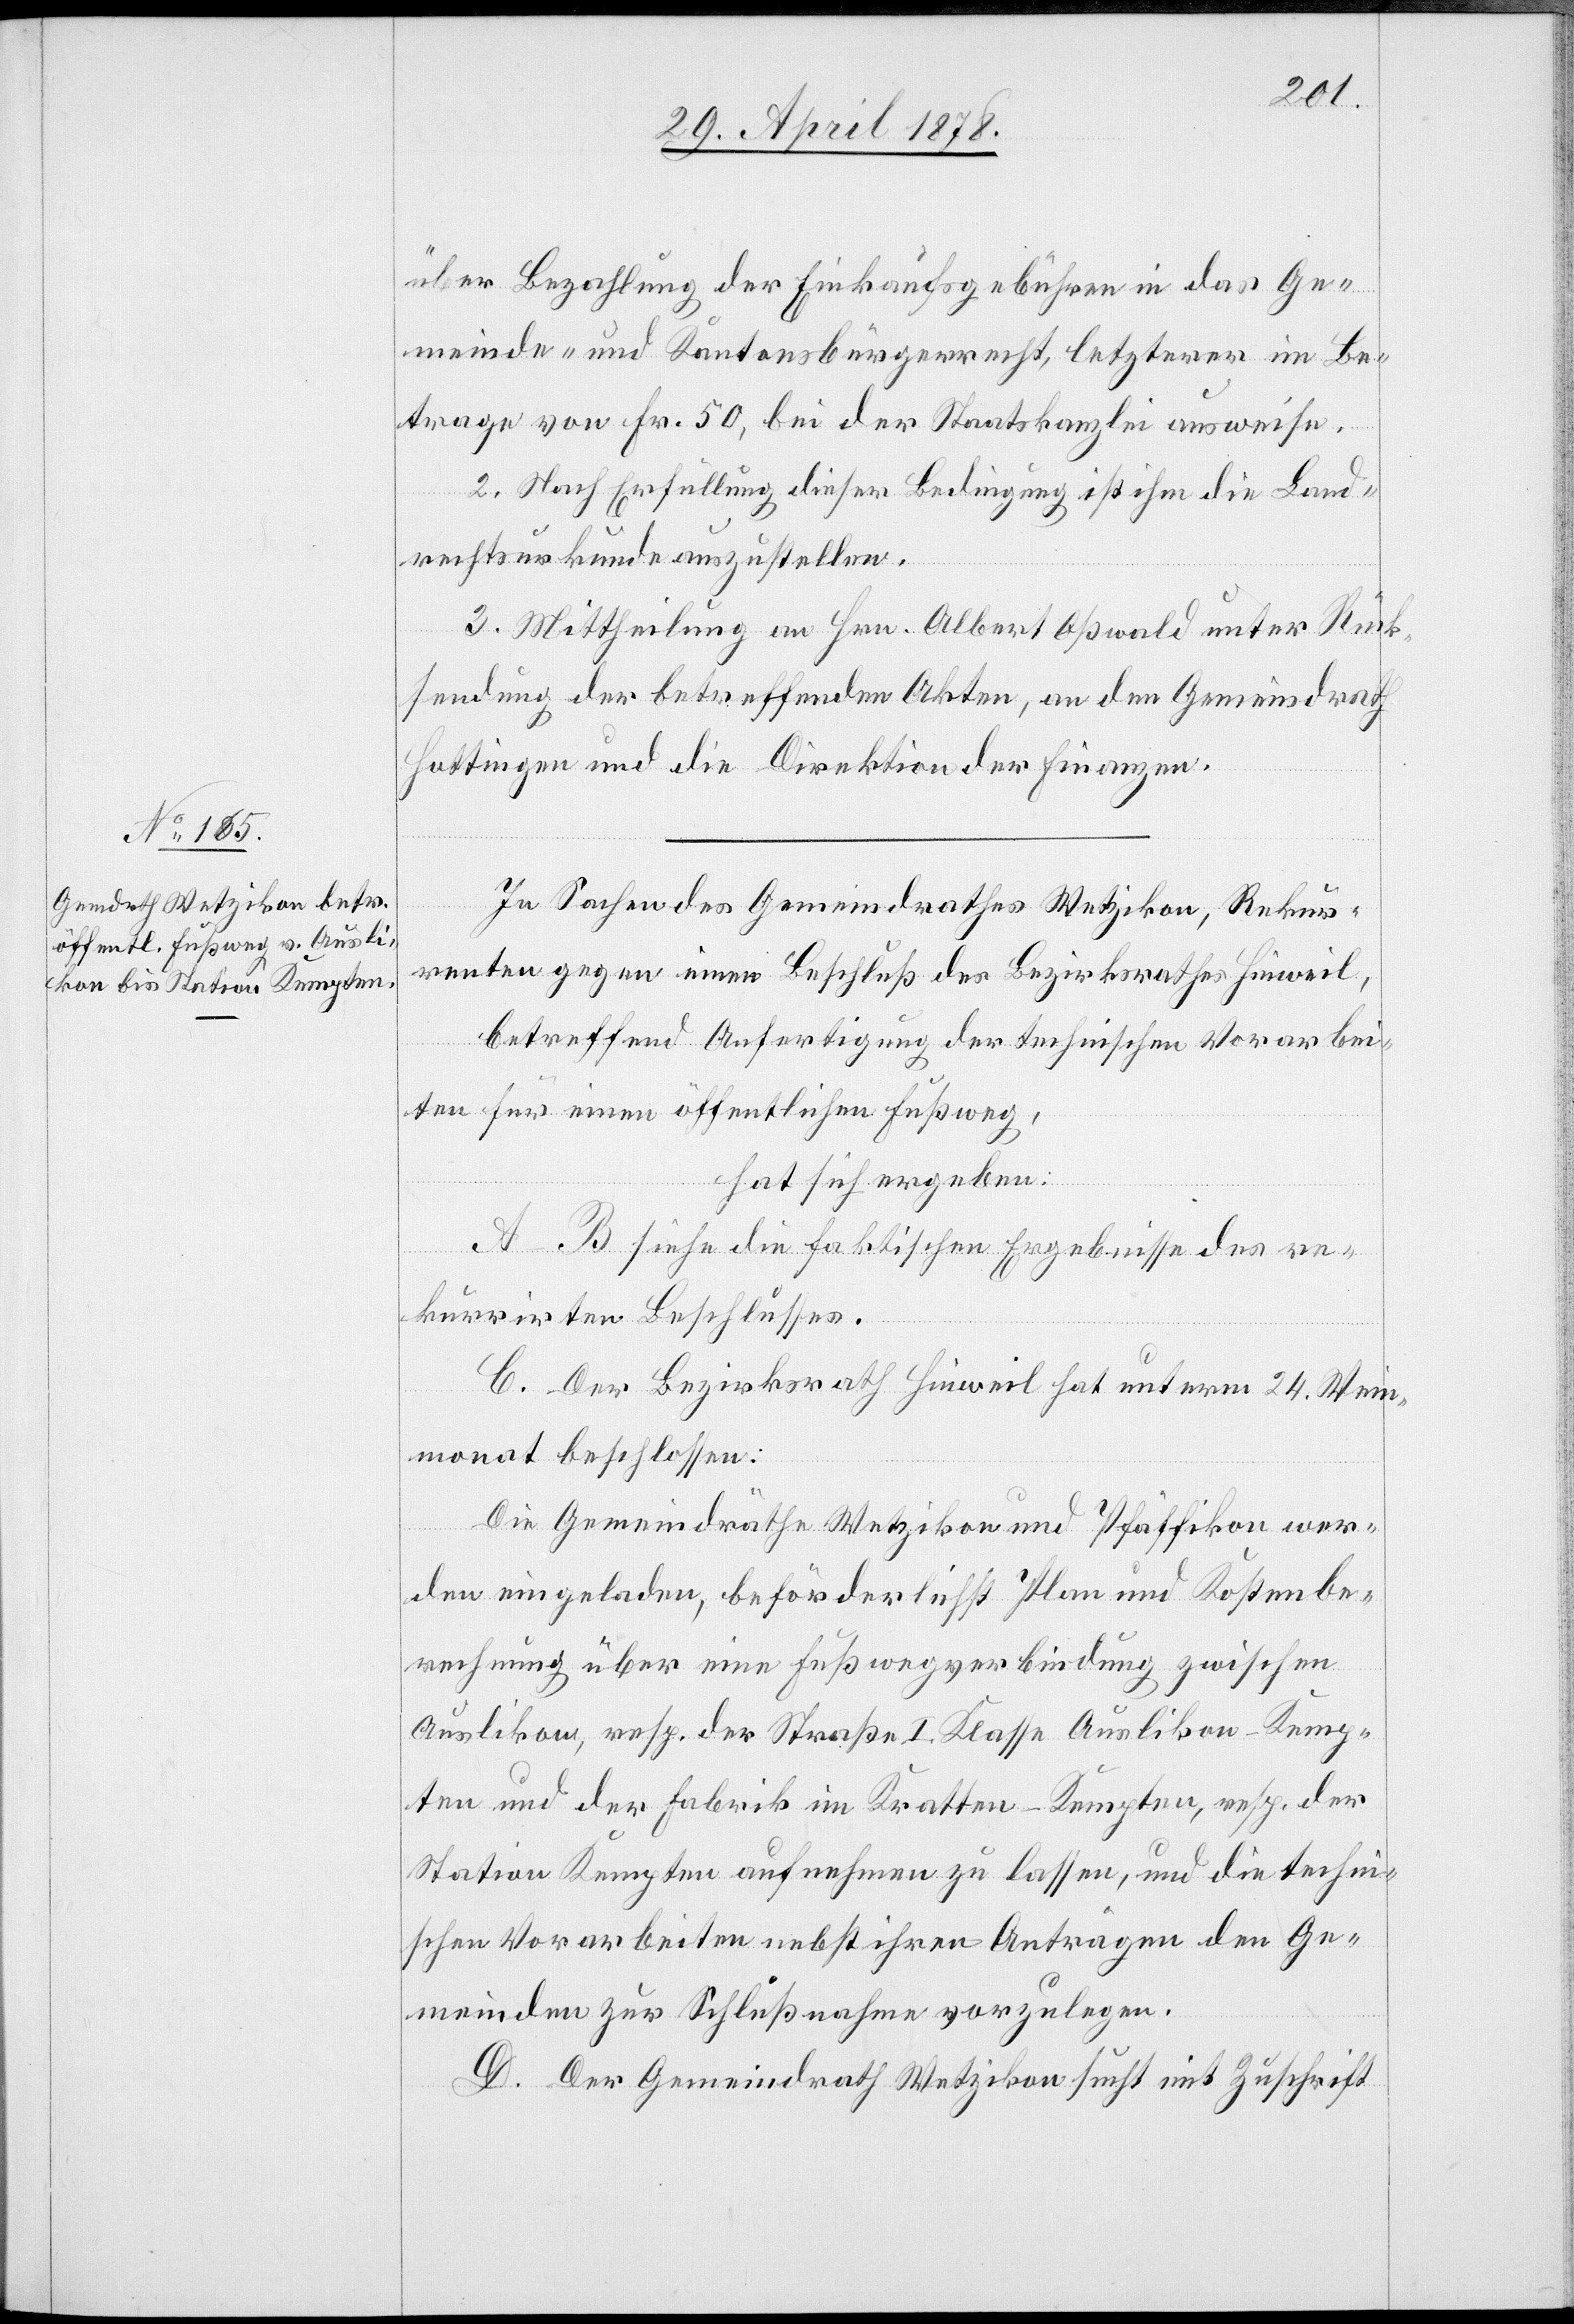
über Bezahlung der Einkaufsgebühren in das Ge¬
meinde- und Kantonsbürgerrecht, letzterer im Be¬
trage von Frk. 50, bei der Staatskanzlei ausweise.
2. Nach Erfüllung dieser Bedingung ist ihm die Land¬
rechtsurkunde auszustellen.
3. Mittheilung an Hrn. Albert Oßwald unter Rück¬
sendung der betreffenden Akten, an den Gemeindrath
Hottingen und die Direktion der Finanzen.
In Sachen des Gemeindrathes Wetzikon, Rekur¬
renten gegen einen Beschluß des Bezirksrathes Hinweil,
betreffend Anfertigung der technischen Vorarbei¬
ten für einen öffentlichen Fußweg,
hat sich ergeben:
A–B siehe die faktischen Ergebnisse des re¬
kurrirten Beschlusses.
C. Der Bezirksrath Hinweil hat unterm 24. Wein¬
monat beschlossen:
Die Gemeindräthe Wetzikon und Pfäffikon wer¬
den eingeladen, beförderlichst Plan und Kostenbe¬
rechnung über eine Fußwegsverbindung zwischen
Auslikon, resp. der Straße I. Klasse Auslikon–Kemp¬
ten und der Fabrik im Kratten - Kempten, resp. der
Station Kempten aufnehmen zu lassen, und die techni¬
schen Vorarbeiten nebst ihren Anträgen den Ge¬
meinden zur Schlußnahme vorzulegen.
D. Der Gemeindrath Wetzikon sucht mit Zuschrift